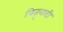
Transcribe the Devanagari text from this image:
पितृवादी